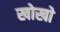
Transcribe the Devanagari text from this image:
खोखाे